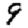
Digit: 9